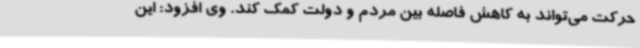
حرکت می‌تواند به کاهش فاصله بین مردم و دولت کمک کند. وی افزود: این